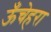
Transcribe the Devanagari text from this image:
ऊँचेहरा